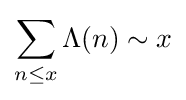
\sum _{n\leq x}\Lambda (n)\sim x